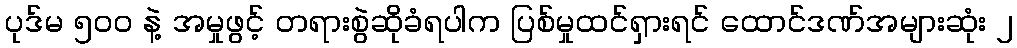
ပုဒ်မ ၅၀၀ နဲ့ အမှုဖွင့် တရားစွဲဆိုခံရပါက ပြစ်မှုထင်ရှားရင် ထောင်ဒဏ်အများဆုံး ၂